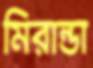
মিরান্ডা